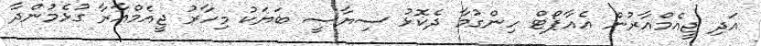
އަދި ޖީއެމްއާރުން އެއާޕޯޓް ހިންގުމާ ދެކޮޅު ސިޔާސީ ބަޔަކު މިހާރު ޖީއެމްއާރާ ގުޅެމުންދާ